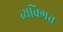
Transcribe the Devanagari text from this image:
व्यक्गित